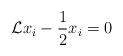
LaTeX: \begin{align*}\mathcal{L}x_i-\frac 12x_i=0\end{align*}